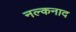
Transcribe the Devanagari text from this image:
नल्कनाद